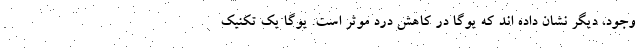
وجود، دیگر نشان داده اند که یوگا در کاهش درد موثر است. یوگا یک تکنیک